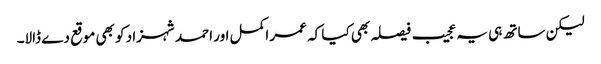
لیکن ساتھ ہی یہ عجیب فیصلہ بھی کیا کہ عمر اکمل اور احمد شہزاد کو بھی موقع دے ڈالا۔